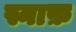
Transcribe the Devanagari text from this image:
स्नाफ़